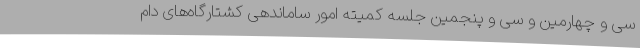
سی و چهارمین و سی و پنجمین جلسه کمیته امور ساماندهی کشتارگاه‌های دام